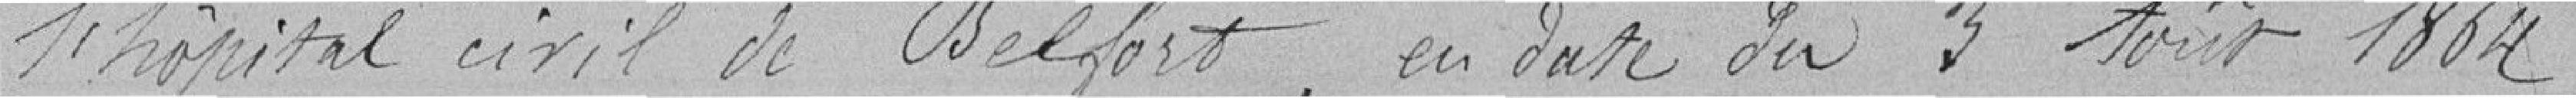
l'hôpital civil de Belfort, en date du 3 août 1864,